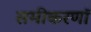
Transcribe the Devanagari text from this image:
समीकरणॉ